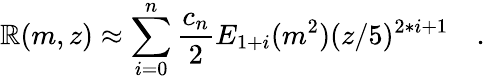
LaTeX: \mathbb{R}(m,z)\approx\sum_{i=0}^{n}\frac{{c_{n}}}{{2}}E_{1+i}(m^{2})(z/5)^{2*i+1}\quad.